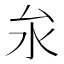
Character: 𪵨